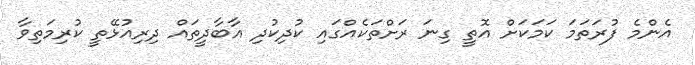
އެންމެ ފުރަތަމަ ކަމަކަށް އޮތީ ގިނަ ރަށްތަކެއްގައި ކުދިކުދި އާބާދީތައް ދިރިއުޅޭތީ ކުރިމަތިވާ